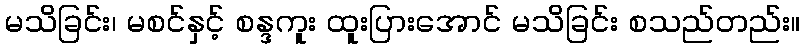
မသိခြင်း၊ မစင်နှင့် စန္ဒကူး ထူးပြားအောင် မသိခြင်း စသည်တည်း။